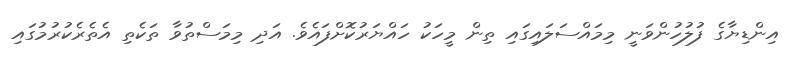
އިންޑިޔާގެ ފުލުހުންވަނީ މިމައްސަލައިގައި ތިން މީހަކު ހައްޔަރުކޮށްފައެވެ. އަދި މިމަސްތުވާ ތަކެތި އެތެރެކުރުމުގައި